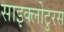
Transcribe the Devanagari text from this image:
साइक्लोटुरस